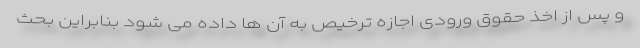
و پس از اخذ حقوق ورودی اجازه ترخیص به آن ها داده می شود بنابراین بحث